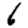
Digit: 6